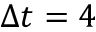
\Delta t = 4